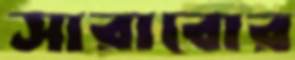
সারাবোর